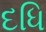
દધિ